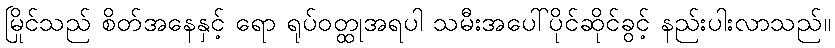
မြိုင်သည် စိတ်အနေနှင့် ရော ရုပ်ဝတ္ထုအရပါ သမီးအပေါ်ပိုင်ဆိုင်ခွင့် နည်းပါးလာသည်။